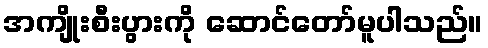
အကျိုးစီးပွားကို ဆောင်တော်မူပါသည်။